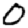
Digit: 0